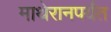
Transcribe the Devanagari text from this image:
माथेरानपर्यंत